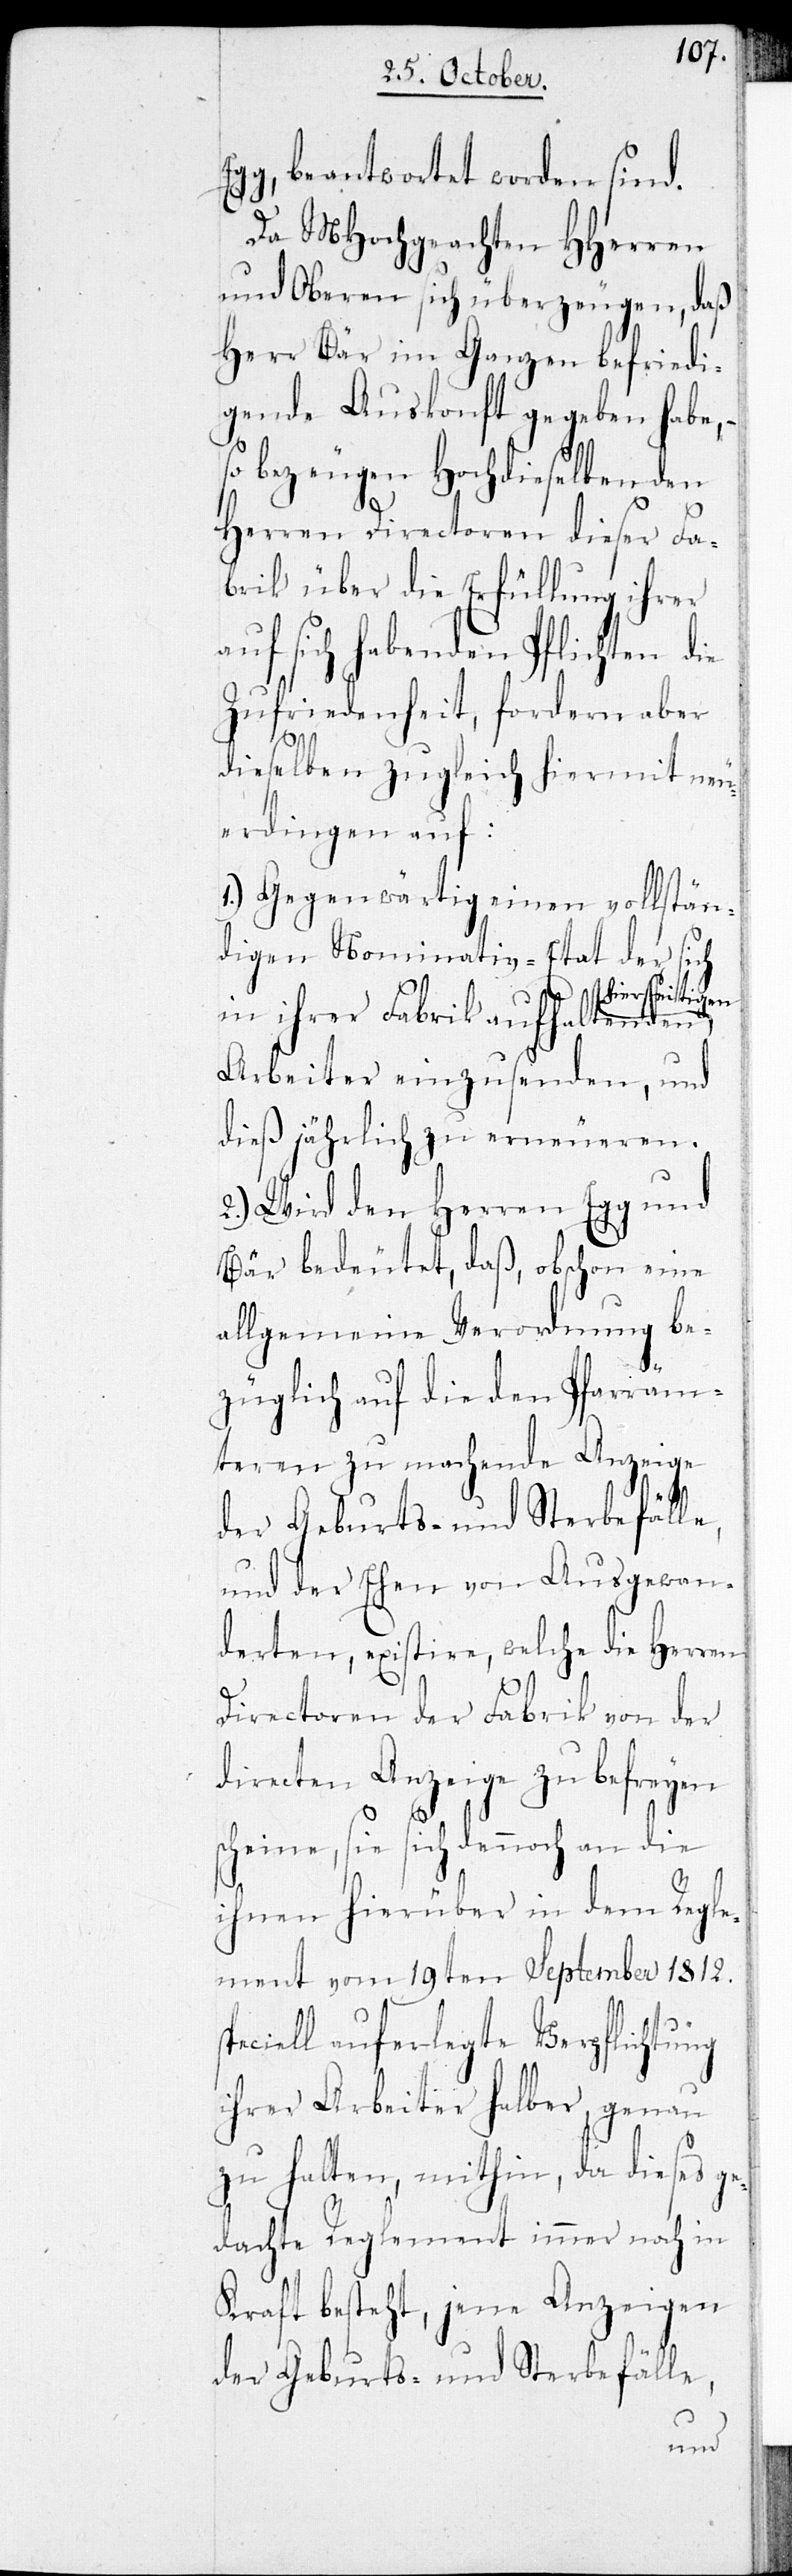
sp¬
gg, beantwortet worden sind.
Da MHochgeachten HHerren
und Oberen sich überzeugen, daß
Herr Bär im Ganzen befriedi¬
gende Auskonft gegeben habe, –
bezeugen Hochdieselben den
Herren Directoren dieser Fa¬
brik über die Erfüllung ihrer
auf sich habenden Pflichten die
Zufriedenheit, fordern aber
dieselben zugleich hiermit neu¬
erdingen auf:
1.) Gegenwärtig einen vollstän¬
digen Nominativ-Etat der sich
a-hierseitigen-a
in ihrer Fabrik aufhaltenden
Arbeiter einzusenden, und
dieß jährlich zu erneueren.
2.) Wird den Herren Egg und
Bär bedeutet, daß, obschon eine
allgemeine Verordnung be¬
züglich auf die den Pfarräm¬
teren zu machende Anzeige
der Geburts- und Sterbefälle,
und der Ehen von Ausgewan¬
derten, existire, welche die Herren
Directoren der Fabrik von der
directen Anzeige zu befreyen
scheine, sie sich dennoch an die
ihnen hierüber in dem Regle¬
ment vom 19ten September 1812.
eciell auferlegte Verpflichtung
ihrer Arbeiter halber, genau
zu halten, mithin, da dieses ge¬
dachte Reglement immer noch in
Kraft besteht, jene Anzeigen
der Geburts- und Sterbefälle,